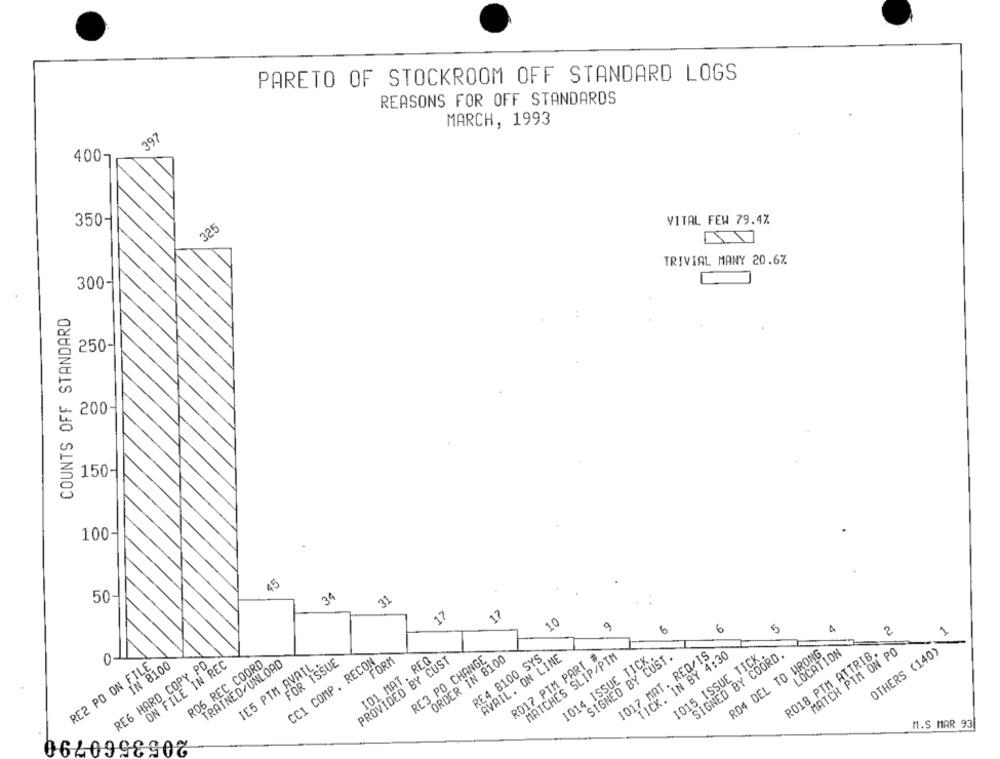
PARETO OF STOCKROOM OFF STANDARD LOGS
REASONS FOR OFF STANDARDS
MARCH, 1993
397
400-
350-
VITAL FEW 79.4%
325
TRIVIAL MANY 20.67
300-
COUNTS OFF STANDARD
250-
200
150-
100-
50
34
31
17
10
9
2
1017 MAT. REQ/IS
TICK. IN BY 4:30
1015 ISSUE TICK.
SIGNED BY COORD.
RO4 DEL TO WRONG
R018 PTM ATTRIB.
LOCATION
MATCH PIM ON PO
OTHERS (140)
01
R06 REC COORD
TRAINED/UNLOAD
IE5 PTM AVAIL .
FOR ISSUE
CC1 COMP. RECON
PROVIDED BY CUST
101 MAT. REQ
FORM
RE3 PO CHANGE
ORDER IN 8100
RE4 8100 SYS
AVAIL. ON LINE
R017 PTM PART #
MATCHES SLIP/PTM
1014 ISSUE TICK.
SIGNED BY CUST.
RE2 PO ON FILE
RE6 HARD COPY PO
IN 8100
ON FILE IN REC
M.S MAR 93